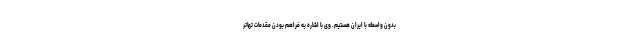
بدون واسطه با ایران هستیم. وی با اشاره به فراهم بودن مقدمات تهاتر